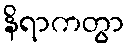
နိရာကတွာ